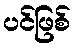
ပင်ဖြစ်